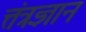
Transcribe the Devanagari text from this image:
त्तंत्रज्ञान